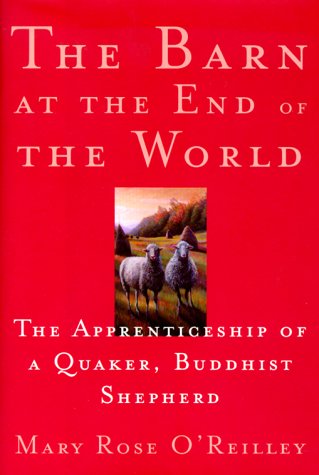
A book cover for The Barn at the End of the World : The Apprenticeship of a Quaker, Buddhist Shepherd; Mary Rose O'Reilley; Christian Books & Bibles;